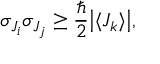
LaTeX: \sigma _ { J _ { i } } \sigma _ { J _ { j } } \geq { \frac { \hbar } { 2 } } { \big | } \langle J _ { k } \rangle { \big | } ,